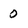
Character: 0